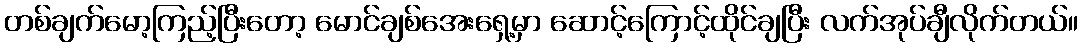
တစ်ချက်မော့ကြည့်ပြီးတော့ မောင်ချစ်အေးရှေ့မှာ ဆောင့်ကြောင့်ထိုင်ချပြီး လက်အုပ်ချီလိုက်တယ်။